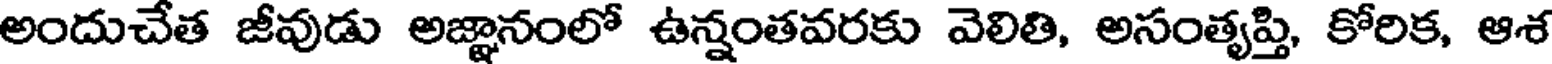
అందుచేత జీవుడు అజ్ఞానంలో ఉన్నంతవరకు వెలితి, అసంత్యప్తి, కోరిక, ఆశ